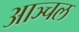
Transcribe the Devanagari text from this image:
आञ्चल